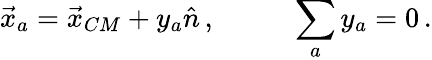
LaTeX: \begin{array}{cc}{{\vec{x}_{a}=\vec{x}_{CM}+y_{a}\hat{n}\, ,~~~~}}&{{~~~\displaystyle{\sum_{a}}\, y_{a}=0\, .}}\end{array}